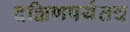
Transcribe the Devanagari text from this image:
दक्षिणपर्यंतच